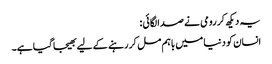
یہ دیکھ کر رومی نے صدا لگائی :
انسان کو دنیا میں باہم مل کر رہنے کے لیے بھیجا گیا ہے۔